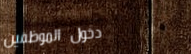
دخول الموظفين